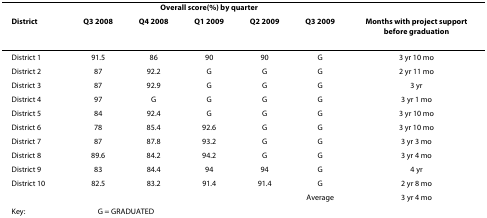
<table><thead><tr><td></td><td colspan="5"><b>Overall score(%) by quarter</b></td><td></td></tr><tr><td><b>District</b></td><td><b>Q3 2008</b></td><td><b>Q4 2008</b></td><td><b>Q1 2009</b></td><td><b>Q2 2009</b></td><td><b>Q3 2009</b></td><td><b>Months with project support before graduation</b></td></tr></thead><tbody><tr><td>District 1</td><td>91.5</td><td>86</td><td>90</td><td>90</td><td>G</td><td>3 yr 10 mo</td></tr><tr><td>District 2</td><td>87</td><td>92.2</td><td>G</td><td>G</td><td>G</td><td>2 yr 11 mo</td></tr><tr><td>District 3</td><td>87</td><td>92.9</td><td>G</td><td>G</td><td>G</td><td>3 yr</td></tr><tr><td>District 4</td><td>97</td><td>G</td><td>G</td><td>G</td><td>G</td><td>3 yr 1 mo</td></tr><tr><td>District 5</td><td>84</td><td>92.4</td><td>G</td><td>G</td><td>G</td><td>3 yr 10 mo</td></tr><tr><td>District 6</td><td>78</td><td>85.4</td><td>92.6</td><td>G</td><td>G</td><td>3 yr 10 mo</td></tr><tr><td>District 7</td><td>87</td><td>87.8</td><td>93.2</td><td>G</td><td>G</td><td>3 yr 3 mo</td></tr><tr><td>District 8</td><td>89.6</td><td>84.2</td><td>94.2</td><td>G</td><td>G</td><td>3 yr 4 mo</td></tr><tr><td>District 9</td><td>83</td><td>84.4</td><td>94</td><td>94</td><td>G</td><td>4 yr</td></tr><tr><td>District 10</td><td>82.5</td><td>83.2</td><td>91.4</td><td>91.4</td><td>G</td><td>2 yr 8 mo</td></tr><tr><td></td><td></td><td></td><td></td><td></td><td>Average</td><td>3 yr 4 mo</td></tr><tr><td>Key:</td><td colspan="2">G = GRADUATED</td><td></td><td></td><td></td><td></td></tr></tbody></table>